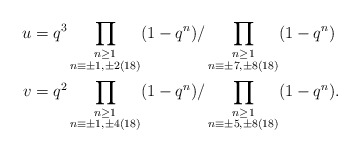
\begin{align*}u & = q^3 \prod_{\substack{n \geq 1\\ n \equiv \pm 1,\pm 2 (18)}} (1-q^n) / \prod_{\substack{n \geq 1 \\ n \equiv \pm 7,\pm 8 (18)}} (1-q^n)\\v & = q^2 \prod_{\substack{n \geq 1\\ n \equiv \pm 1,\pm 4 (18)}} (1-q^n) / \prod_{\substack{n \geq 1 \\ n \equiv \pm 5, \pm 8 (18)}} (1-q^n).\end{align*}